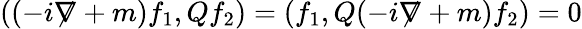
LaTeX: ((-i{\not\nabla}+m)f_{1},Qf_{2})=(f_{1},Q(-i{\not\nabla}+m)f_{2})=0